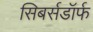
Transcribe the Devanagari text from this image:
सिबर्सडॉर्फ